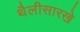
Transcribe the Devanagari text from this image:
थैलीसारखे